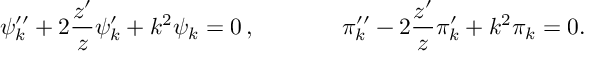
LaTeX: \psi _ { k } ^ { \prime \prime } + 2 \frac { z ^ { \prime } } { z } \psi _ { k } ^ { \prime } + k ^ { 2 } \psi _ { k } = 0 \, , ~ ~ ~ ~ ~ ~ ~ ~ ~ ~ ~ \pi _ { k } ^ { \prime \prime } - 2 \frac { z ^ { \prime } } { z } \pi _ { k } ^ { \prime } + k ^ { 2 } \pi _ { k } = 0 .